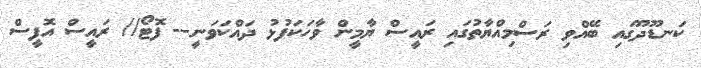
ކަނޑޫދޫގައި ބޭއްވި ރަސްމިއްޔާތުގައި ރައީސް ޔާމީން ވާހަކަފުޅު ދައްކަވަނީ-- ފޮޓޯ// ރައީސް އޮފީސް